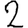
Digit: 2